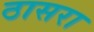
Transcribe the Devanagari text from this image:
ठासरा